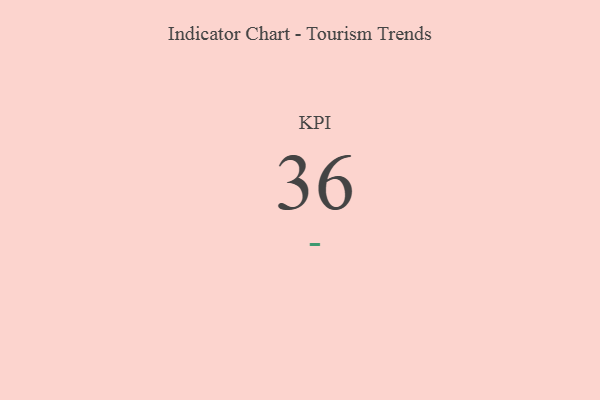
{"axis": {"x": "KPI", "y": "Value"}, "legend": [""], "data": [{"x": "KPI", "y": 36, "type": ""}]}